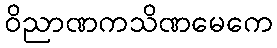
ဝိညာဏကသိဏမေကေ